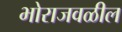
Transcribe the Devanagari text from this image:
भोराजवळील